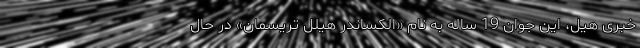
خبری هیل، این جوان 19 ساله به نام «الکساندر هیلل تریسمان» در حال